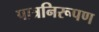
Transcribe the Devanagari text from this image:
पात्रनिरूपण